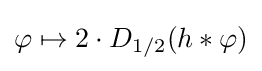
\varphi \mapsto 2\cdot D_{1/2}(h*\varphi )